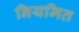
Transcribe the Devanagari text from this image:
नियमित